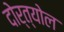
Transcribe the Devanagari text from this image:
दोर्त्योल